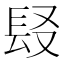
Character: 𨱣